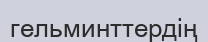
гельминттердің